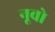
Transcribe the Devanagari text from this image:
नूवो